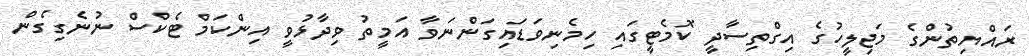
ރައްޔިތުންގެ މަޖިލީހުގެ އިގްތިސާދީ ކޮމެޓީގައި ހިމެނިވަޑައިގަންނަވާ އަމީތު ވިދާޅުވީ އިންކަމް ޓެކްސް ނުނެގިގެން